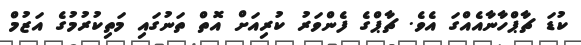
ކުޑަ ޗާޕްހާނާއެއްގަ އެވެ. ޗާޕްގެ ފެންވަރު ކުރިއަށް އޮތް ތަނުގައި މަތިކުރުމުގެ އަޒުމް